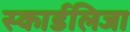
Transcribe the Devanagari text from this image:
स्कार्डलिजा